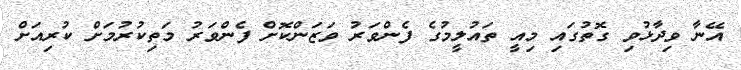
އޭނާ ވިދާޅުވި ގޮތުގައި މިއީ ތައުލީމުގެ ފެންވަރު ވަޒަންކޮށް ފެންވަރު މަތިކުރުމަށް ކުރިއަށް